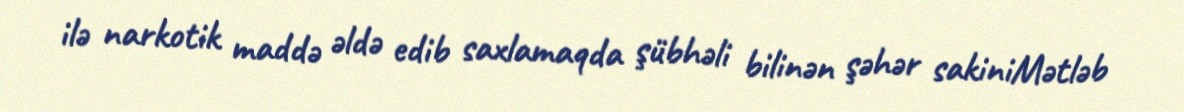
ilə narkotik maddə əldə edib saxlamaqda şübhəli bilinən şəhər sakiniMətləb